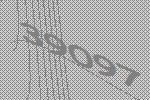
39097